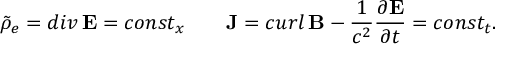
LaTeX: \tilde { \rho } _ { e } = d i v \, { \bf E } = c o n s t _ { x } \qquad { \bf J } = c u r l \, { \bf B } - { \frac { 1 } { c ^ { 2 } } } { \frac { \partial { \bf E } } { \partial t } } = c o n s t _ { t } .